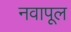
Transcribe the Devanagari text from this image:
नवापूल